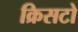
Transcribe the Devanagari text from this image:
क्रिसटो